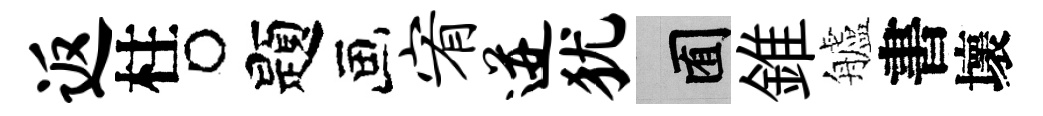
返柱题宥迸犹囿錐艫書壞